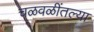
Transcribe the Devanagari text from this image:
चळवळींतल्या